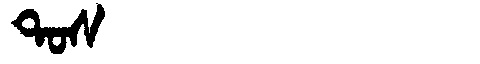
Manchu: ᡨᠣᠰ
Romanization: TOS